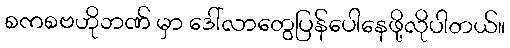
စကစဗဟိုဘဏ် မှာ ဒေါ်လာတွေပြန်ပေါနေဖို့လိုပါတယ်။